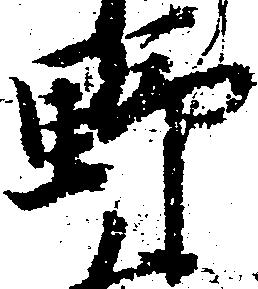
野